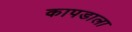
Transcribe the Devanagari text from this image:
कापडाला